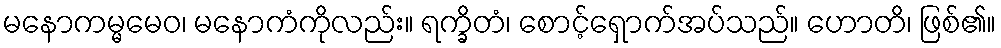
မနောကမ္မမေဝ၊ မနောကံကိုလည်း။ ရက္ခိတံ၊ စောင့်ရှောက်အပ်သည်။ ဟောတိ၊ ဖြစ်၏။